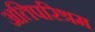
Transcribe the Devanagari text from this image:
अतिपरिश्रम